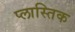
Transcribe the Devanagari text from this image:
प्लास्तिक